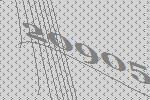
20905